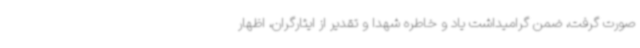
صورت گرفت، ضمن گرامیداشت یاد و خاطره شهدا و تقدیر از ایثارگران، اظهار